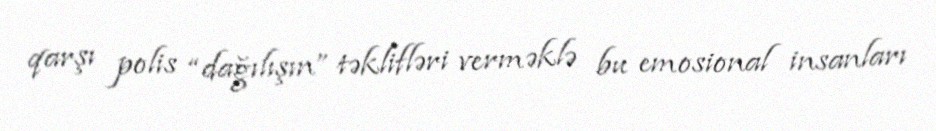
qarşı polis “dağılışın” təklifləri verməklə bu emosional insanları